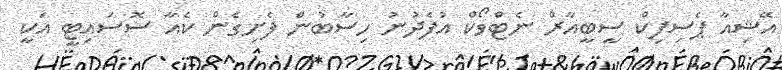
އޭޝިއާ ޕެސިފިކް ސީބީއާރް ނެޓްވޯކް އުފެދުނު ހިސާބުން ފެށިގެން ކެއާ ސޮސައިޓީ އަކީ